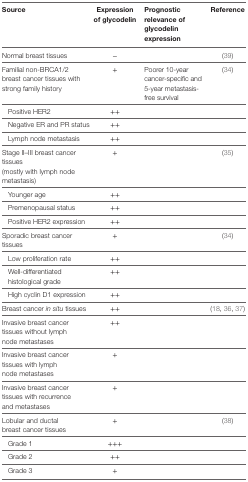
<table><thead><tr><td><b>Source</b></td><td><b>Expression of glycodelin</b></td><td><b>Prognostic relevance of glycodelin expression</b></td><td><b>Reference</b></td></tr></thead><tbody><tr><td>Normal breast tissues</td><td>−</td><td></td><td>(39)</td></tr><tr><td>Familial non-BRCA1/2 breast cancer tissues with strong family history</td><td>+</td><td>Poorer 10-year cancer-specific and 5-year metastasis-free survival</td><td>(34)</td></tr><tr><td> Positive HER2</td><td>++</td><td></td><td></td></tr><tr><td> Negative ER and PR status</td><td>++</td><td></td><td></td></tr><tr><td> Lymph node metastasis</td><td>++</td><td></td><td></td></tr><tr><td>Stage II–III breast cancer tissues (mostly with lymph node metastasis)</td><td>+</td><td></td><td>(35)</td></tr><tr><td> Younger age</td><td>++</td><td></td><td></td></tr><tr><td> Premenopausal status</td><td>++</td><td></td><td></td></tr><tr><td> Positive HER2 expression</td><td>++</td><td></td><td></td></tr><tr><td>Sporadic breast cancer tissues</td><td>+</td><td></td><td>(34)</td></tr><tr><td> Low proliferation rate</td><td>++</td><td></td><td></td></tr><tr><td> Well-differentiated histological grade</td><td>++</td><td></td><td></td></tr><tr><td> High cyclin D1 expression</td><td>++</td><td></td><td></td></tr><tr><td>Breast cancer <i>in situ</i> tissues</td><td>++</td><td></td><td>(18, 36, 37)</td></tr><tr><td>Invasive breast cancer tissues without lymph node metastases</td><td>++</td><td></td><td></td></tr><tr><td>Invasive breast cancer tissues with lymph node metastases</td><td>+</td><td></td><td></td></tr><tr><td>Invasive breast cancer tissues with recurrence and metastases</td><td>+</td><td></td><td></td></tr><tr><td>Lobular and ductal breast cancer tissues</td><td>+</td><td></td><td>(38)</td></tr><tr><td> Grade 1</td><td>+++</td><td></td><td></td></tr><tr><td> Grade 2</td><td>++</td><td></td><td></td></tr><tr><td> Grade 3</td><td>+</td><td></td><td></td></tr></tbody></table>